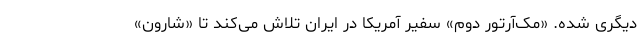
دیگری شده. «مک‌آرتور دوم» سفیر آمریکا در ایران تلاش می‌کند تا «شارون»